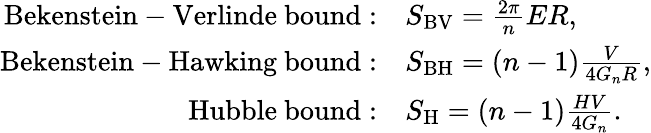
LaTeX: \begin{array}{rl}{{\mathrm{Bekenstein-Verlinde~bound}:}}&{{S_{\mathrm{BV}}=\frac{2\pi}{n}ER,}}\\ {{\mathrm{Bekenstein-Hawking~bound}:}}&{{S_{\mathrm{BH}}=(n-1)\frac{V}{4G_{n}R},}}\\ {{\mathrm{Hubble~bound}:}}&{{S_{\mathrm{H}}=(n-1)\frac{HV}{4G_{n}}.}}\end{array}